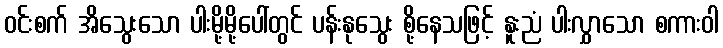
ဝင်းစက် အိသွေးသော ပါးမို့မို့ပေါ်တွင် ပန်းနုသွေး စို့နေသဖြင့် နူးညံ ပါးလွှာသော စကားဝါ